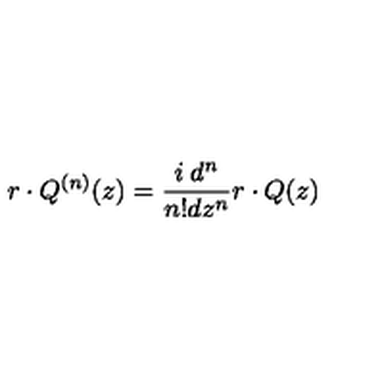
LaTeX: r \cdot Q ^ { ( n ) } ( z ) = \frac { i \: d ^ { n } } { n ! d z ^ { n } } r \cdot Q ( z )